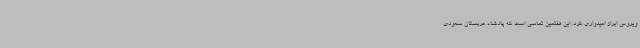
ویروس ابراز امیدواری کرد. این هفتمین تماسی است که پادشاه عربستان سعودی